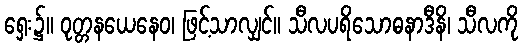
ရှေး၌။ ဝုတ္တနယေနေဝ၊ ဖြင့်သာလျှင်။ သီလပရိသောဓနာဒီနိ၊ သီလကို